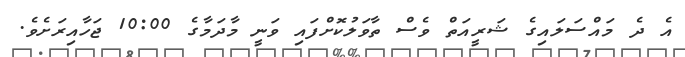
އެ ދެ މައްސަލައިގެ ޝަރީއަތް ވެސް ތާވަލުކޮށްފައި ވަނީ މާދަމާގެ 10:00 ޖަހާއިރަށެވެ.